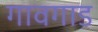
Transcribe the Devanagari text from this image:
गावगाड